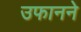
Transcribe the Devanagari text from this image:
उफानने